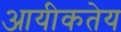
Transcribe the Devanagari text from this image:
आयीकतेय